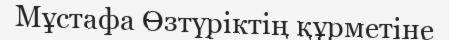
Мұстафа Өзтүрiктің құрметіне